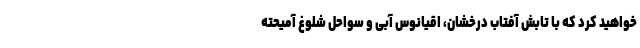
خواهید کرد که با تابش آفتاب درخشان، اقیانوس آبی و سواحل شلوغ آمیحته